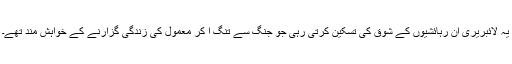
یہ لائبریری ان رہائشیوں کے شوق کی تسکین کرتی رہی جو جنگ سے تنگ آ کر معمول کی زندگی گزارنے کے خواہش مند تھے۔